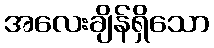
အလေးချိန်ရှိသော